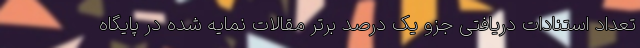
تعداد استنادات دریافتی جزو یک درصد برتر مقالات نمایه شده در پایگاه